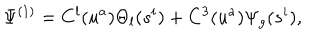
LaTeX: \Psi ^ { ( 1 ) } = C ^ { l } ( u ^ { a } ) \Theta _ { l } ( s ^ { i } ) + C ^ { 3 } ( u ^ { a } ) \Psi _ { g } ( s ^ { i } ) ,